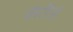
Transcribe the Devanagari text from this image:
कॅरीड